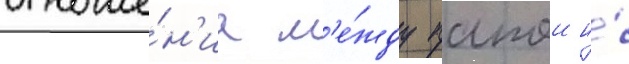
отноше́н'иа м'е́жду папои и́